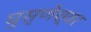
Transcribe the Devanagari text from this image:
घुसृणेश्वर